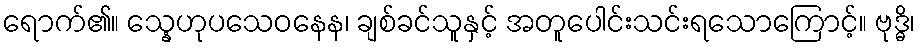
ရောက်၏။ သ္နေဟုပသေဝနေန၊ ချစ်ခင်သူနှင့် အတူပေါင်းသင်းရသောကြောင့်။ ဗုဒ္ဓိ၊